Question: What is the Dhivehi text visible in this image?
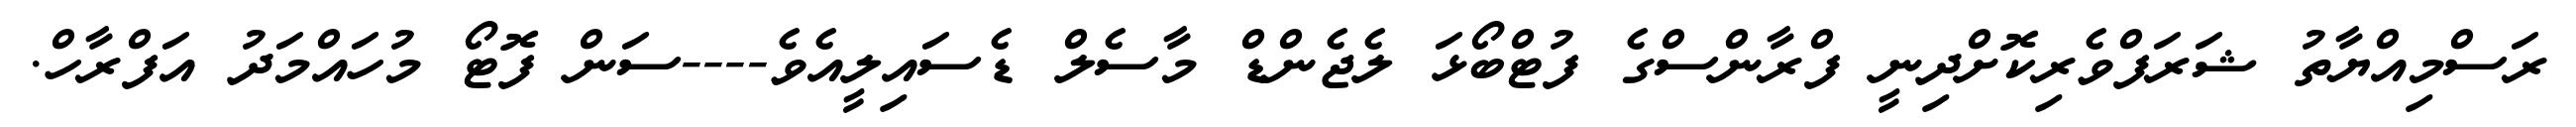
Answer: ރަސްމިއްޔާތު ޝަރަފްވެރިކޮށްދިނީ ފްރާންސްގެ ފުޓްބޯޅަ ލެޖެންޑް މާސެލް ޑެސައިލީއެވެ----ސަން ފޮޓޯ މުހައްމަދު އަފްރާހް.